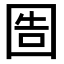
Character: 𡇪